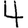
Digit: 4